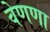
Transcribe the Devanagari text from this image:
वेणणा